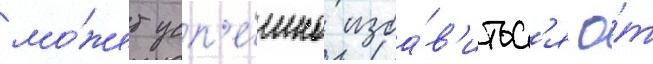
мо́жет усп'е́шно изба́в'итьс'я о́т